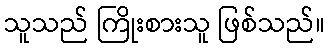
သူသည် ကြိုးစားသူ ဖြစ်သည်။